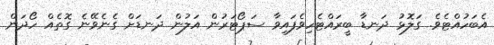
އެބަހުއްޓެވެ. ގަލޮޅު ދަނޑާ ބީރައްޓެހިވެފައިވާ ސަޕޯޓަރުން އަލުން ދަނޑަށް ގެނެވޭނެ ގޮތެއް ހޯދަން